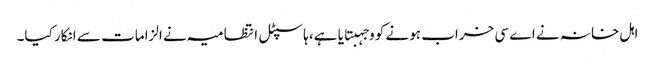
اہل خانہ نے اے سی خراب ہونے کو وجہبتایا ہے، ہاسپٹل انتظامیہ نے الزامات سے انکار کیا۔